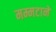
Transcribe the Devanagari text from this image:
मम्मटाने